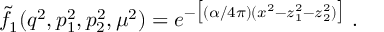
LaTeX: \tilde { f } _ { 1 } ( q ^ { 2 } , p _ { 1 } ^ { 2 } , p _ { 2 } ^ { 2 } , \mu ^ { 2 } ) = e ^ { - \big [ ( \alpha / 4 \pi ) ( x ^ { 2 } - z _ { 1 } ^ { 2 } - z _ { 2 } ^ { 2 } ) \big ] } ~ .